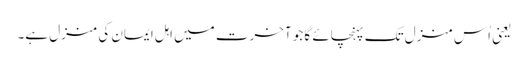
یعنی اُس منزل تک پہنچائے گا جو آخرت میں اہل ایمان کی منزل ہے۔